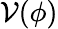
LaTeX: \mathcal{V}(\phi)